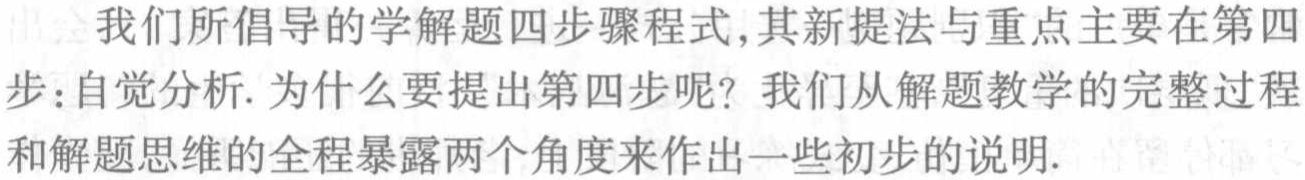
我们所倡导的学解题四步骤程式,其新提法与重点主要在第四步：自觉分析. 为什么要提出第四步呢？我们从解题教学的完整过程和解题思维的全程暴露两个角度来作出一些初步的说明.